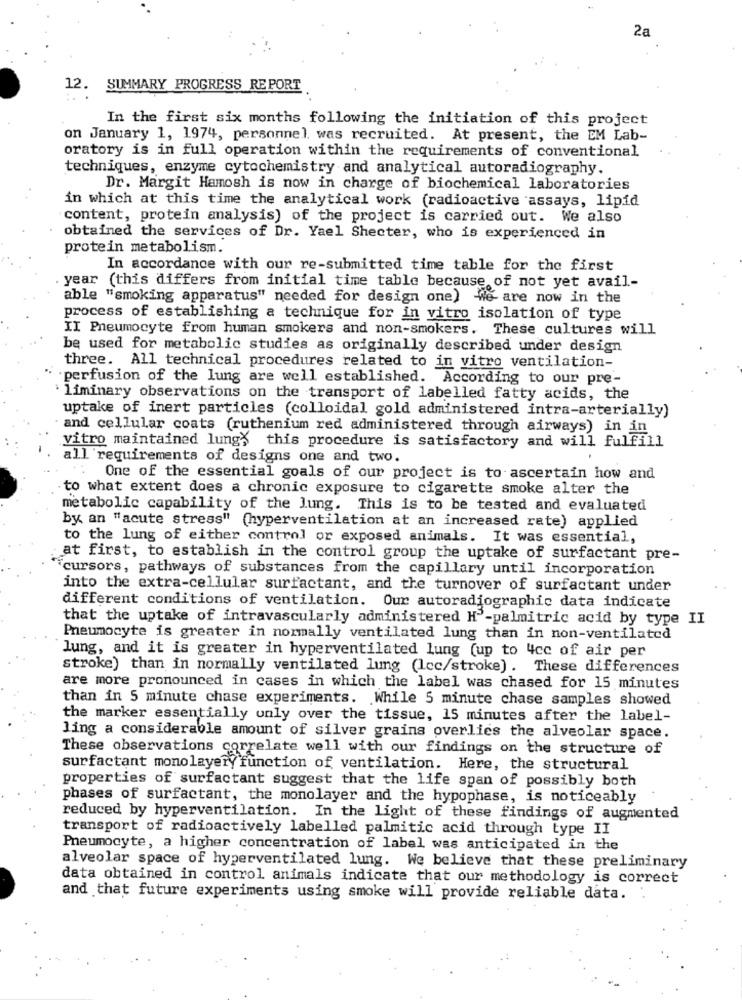
2a
12. SUMMARY PROGRESS REPORT
In the first six months following the initiation of this project
on January 1, 1974, personnel was recruited. At present, the EM Lab-
oratory is in full operation within the requirements of conventional
techniques, enzyme cytochemistry and analytical autoradiography.
Dr. Margit Hamosh is now in charge of biochemical laboratories
in which at this time the analytical work (radioactive assays, lipid
content, protein analysis) of the project is carried out. We also
obtained the services of Dr. Yael Shecter, who is experienced in
protein metabolism.
In accordance with our re-submitted time table for the first
. year (this differs from initial time table because of not yet avail-
able "smoking apparatus" needed for design one) We are now in the
process of establishing a technique for in vitro isolation of type
II Pneumocyte from human smokers and non-smokers. These cultures will
be used for metabolic studies as originally described under design
three. All technical procedures related to in vitro ventilation-
.perfusion of the lung are well established. According to our pre-
liminary observations on the transport of labelled fatty acids, the
uptake of inert particles (colloidal gold administered intra-arterially)
and cellular coats (ruthenium red administered through airways) in in
vitro maintained lungs this procedure is satisfactory and will fulfill
all requirements of designs one and two.
One of the essential goals of our project is to ascertain how and
to what extent does a chronic exposure to cigarette smoke alter the
metabolic capability of the lung. This is to be tested and evaluated
by an "acute stress" (hyperventilation at an increased rate) applied
to the lung of either control or exposed animals. It was essential,
at first, to establish in the control group the uptake of surfactant pre-
"cursors, pathways of substances from the capillary until incorporation
into the extra-cellular surfactant, and the turnover of surfactant under
different conditions of ventilation. Our autoradiographic data indicate
that the uptake of intravascularly administered H'-palmitric acid by type II
Pneumocyte is greater in normally ventilated lung than in non-ventilated
lung, and it is greater in hyperventilated lung (up to 4cc of air per
stroke) than in normally ventilated lung (Icc/stroke) . These differences
are more pronounced in cases in which the label was chased for 15 minutes
than in 5 minute chase experiments. While 5 minute chase samples showed
the marker essentially only over the tissue, 15 minutes after the label-
ling a considerable amount of silver grains overlics the alveolar space.
These observations correlate well with our findings on the structure of
surfactant monolayery function of ventilation. Here, the structural
properties of surfactant suggest that the life span of possibly both
phases of surfactant, the monolayer and the hypophase, is noticeably
reduced by hyperventilation. In the light of these findings of augmented
transport of radioactively labelled palmitic acid through type II
Pneumocyte, a higher concentration of label was anticipated in the
alveolar space of hyperventilated lung. We believe that these preliminary
data obtained in control animals indicate that our methodology is correct
and that future experiments using smoke will provide reliable data.